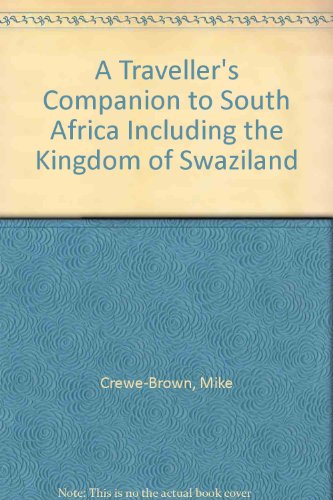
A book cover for A traveller's companion to South Africa including the kingdom of Swaziland; Mike Crewe-Brown; Travel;